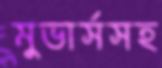
মুভার্সসহ